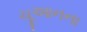
ચૂઆનના